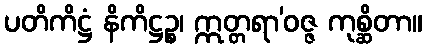
ပတိကိဋ္ဌံ နိကိဋ္ဌဉ္စ၊ ဣတ္တရာ’ဝဇ္ဇ ကုစ္ဆိတာ။